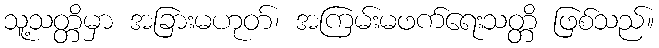
သူ့သတ္တိမှာ အခြားမဟုတ်၊ အကြမ်းမဖက်ရေးသတ္တိ ဖြစ်သည်။